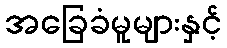
အခြေခံမူများနှင့်